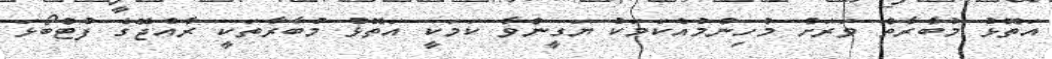
އަތޮޅު މުބާރާތް ވަރަށް މުހިންމުއެކަމަކު ޔަގީންވާ ކަމަކީ އަތޮޅު މުބާރާތަކީ ރާއްޖޭގެ ފުޓްބޯޅަ